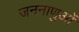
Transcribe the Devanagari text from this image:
जननाणुओं